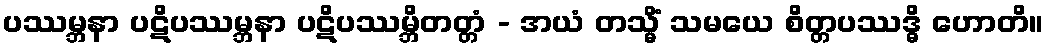
ပဿမ္ဘနာ ပဋိပဿမ္ဘနာ ပဋိပဿမ္ဘိတတ္တံ - အယံ တသ္မိံ သမယေ စိတ္တပဿဒ္ဓိ ဟောတိ။